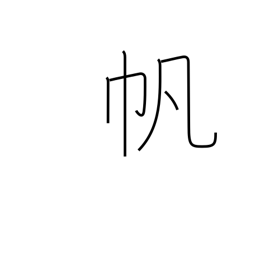
Meaning: sail